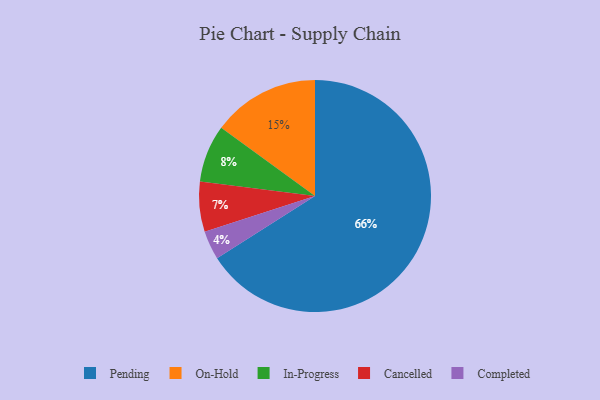
{"axis": {"x": "Category", "y": "Percentage"}, "legend": ["Cancelled", "Completed", "In-Progress", "On-Hold", "Pending"], "data": [{"x": "Completed", "y": 4, "type": "Completed"}, {"x": "Pending", "y": 66, "type": "Pending"}, {"x": "Cancelled", "y": 7, "type": "Cancelled"}, {"x": "On-Hold", "y": 15, "type": "On-Hold"}, {"x": "In-Progress", "y": 8, "type": "In-Progress"}]}